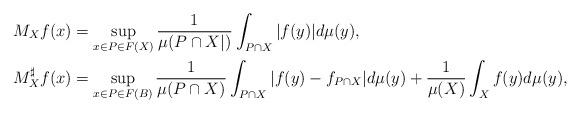
LaTeX: \begin{align*} M_{X}f(x) &=\sup _{x\in P \in {F( X)} } {1\over{\mu(P\cap X|)}}\int _{P \cap X}|f(y)| d\mu(y), \\ M^{\sharp}_{X}f(x) &=\sup _{x\in P \in {F( B)} } {1\over{\mu(P \cap X)}}\int _{P \cap X}|f(y) - f_{P\cap X}| d\mu(y)+ \frac{1}{\mu(X)}\int_{X} f(y) d\mu(y),\end{align*}